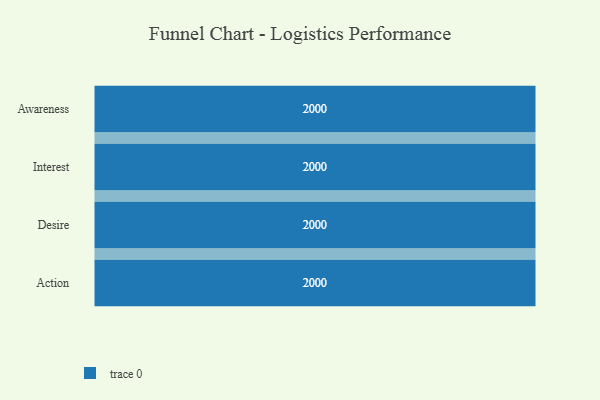
{"axis": {"x": "Stage", "y": "Value"}, "legend": [""], "data": [{"x": "Awareness", "y": 2000, "type": ""}, {"x": "Interest", "y": 2000, "type": ""}, {"x": "Desire", "y": 2000, "type": ""}, {"x": "Action", "y": 2000, "type": ""}]}